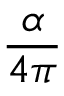
\frac { \alpha } { 4 \pi }